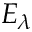
E _ { \lambda }